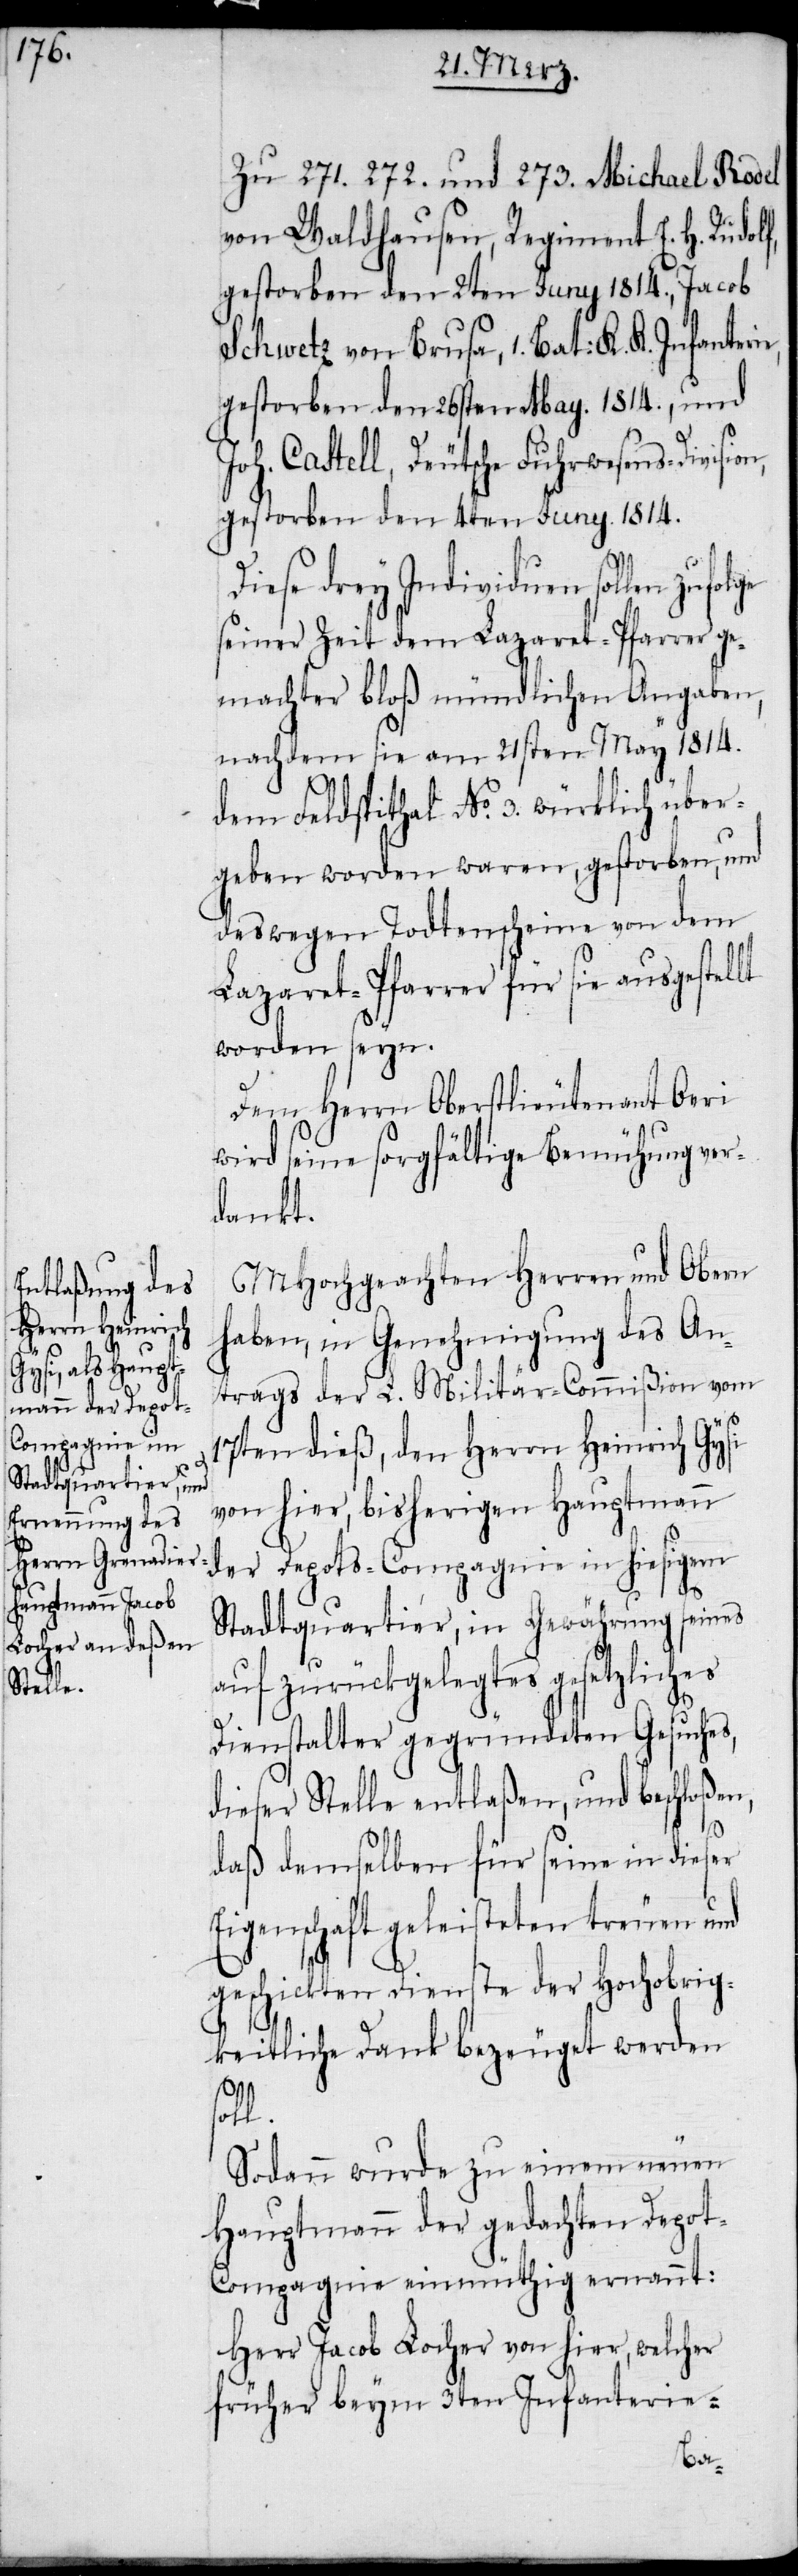
Zu 271. 272. und 273. Michael Rodel
von Waldhausen, Regiment E. H. Rudolf,
gestorben den 2ten Juny 1814., Jacob
Schwetz von Brusa, 1. Bat: K. K. Infanter¬
gestorben den 26sten May. 1814., und
Joh. Castell, Deutsche Fuhrwesens-Divisi¬
gestorben den 4ten Juny. 1814.
Diese drey Individuen sollen zuf¬
seiner Zeit dem Lazaret-Pfarrer ge¬
machter bloß mündlichen Angaben,
nachdem sie am 21sten May 1814.
dem Feldspithal No. 3. würklich über¬
geben worden waren, gestorben, und
deswegen Todtenscheine von dem
Lazaret-Pfarrer für sie ausgestellt
worden seyn.
Dem Herrn Oberstlieutenant Oeri
wird seine sorgfältige Bemühung ver¬
dankt.
MHochgeachten Herren und Obern
haben, in Genehmigung des An¬
trags der L. Militär-Commißion vom
17ten dieß, den Herrn Heinrich Gysi
von hier, bisherigen Hauptmann
der Depots-Compagnie in hiesigem
ie,
Stadtquartier, in Gewährung seines
auf zurückgelegtes gesetzliches
Dienstalter gegründeten Gesuches,
dieser Stelle entlaßen, und beschloßen,
daß demselben für seine in dieser
Eigenschaft geleisteten treuen und
geschickten Dienste der Hochobrig¬
keitliche Dank bezeuget werden
soll.
Sodann wurde zu einem neuen
Hauptmann der gedachten Depo¬
t-Compagnie einmüthig ernannt:
Herr Jacob Locher von hier, welcher
früher beym 3ten Infanterie-